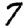
Digit: 7